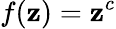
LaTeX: f(\mathbf{z})=\mathbf{z}^{c}